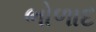
ભોળાદ